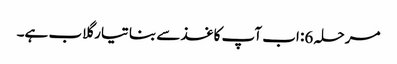
مرحلہ 6: اب آپ کاغذ سے بنا تیار گلاب ہے۔